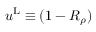
u ^ { \mathrm { L } } \equiv ( 1 - R _ { \rho } ) \frac { \d s } { \d t }